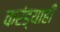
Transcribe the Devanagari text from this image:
करंड्याही